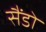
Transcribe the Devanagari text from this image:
सैंडो